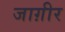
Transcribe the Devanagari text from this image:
जाग़ीर